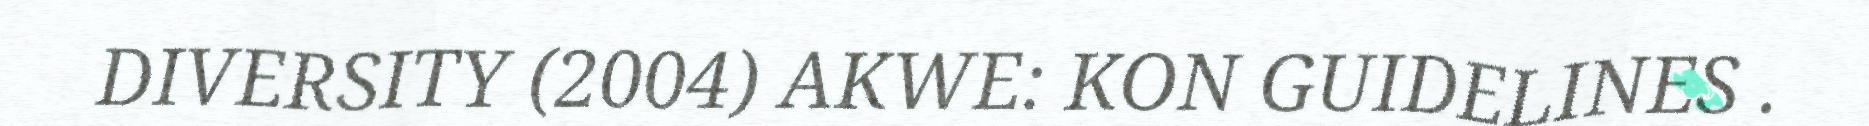
DIVERSITY (2004) AKWE: KON GUIDELINES .